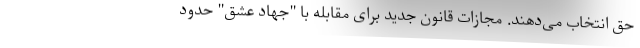
حق انتخاب می‌دهند. مجازات قانون جدید برای مقابله با "جهاد عشق" حدود